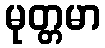
မုတ္တမာ